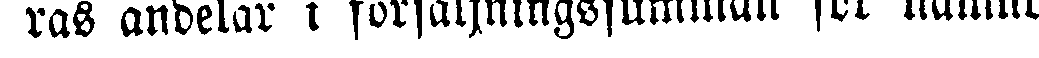
ras andelar i försäljningssumman för nämnde